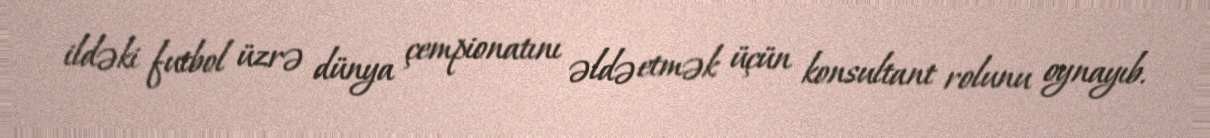
ildəki futbol üzrə dünya çempionatını əldə etmək üçün konsultant rolunu oynayıb.